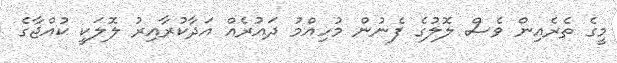
މީގެ ތެރެއިން ވެސް ލޮލުގެ ފެނުން މުހިއްމު ދައުރެއް އަދާކުރާއިރު ލޮލަކީ ކުއްޖާގެ